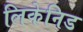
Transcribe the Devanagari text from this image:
लिकेनिड